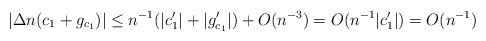
LaTeX: \begin{align*}|\Delta n(c_1+g_{c_1})| \le n^{-1}(|c_1'| + |g_{c_1}'|) + O(n^{-3}) = O(n^{-1}|c_1'|) = O(n^{-1})\end{align*}